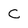
Character: C